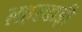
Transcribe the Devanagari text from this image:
लहरवाड़ी